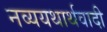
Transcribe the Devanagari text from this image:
नव्ययथार्थवादी